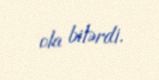
ola bilərdi.